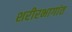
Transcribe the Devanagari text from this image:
शरीरभागांत